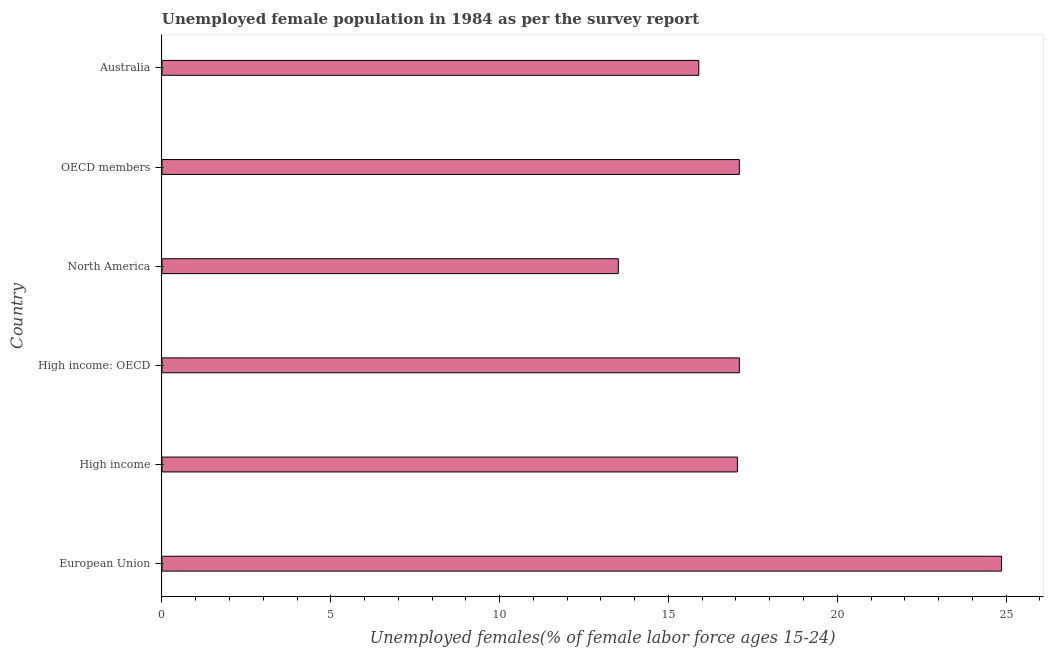
| Country | Unemployment youth female |
 | --- | --- |
 | European Union | 24.9 |
 | High income | 17 |
 | High income: OECD | 17.1 |
 | North America | 13.5 |
 | OECD members | 17.1 |
 | Australia | 15.9 |